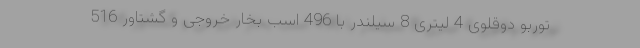
توربو دوقلوی 4 لیتری 8 سیلندر با 496 اسب بخار خروجی و گشتاور 516